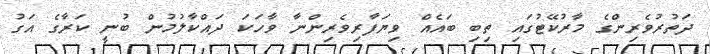
ދަތުރުވެރިންގެ މާރުކޭޓުގައި ތިބި ބައެއް ވިޔަފާރިވެރިންނާ ވާހަކަ ދައްކާލުމުން ބުނީ ކަރާގެ އަގު